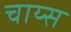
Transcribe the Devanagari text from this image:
चाय्स